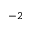
^ { - 2 }